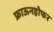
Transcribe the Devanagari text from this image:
फ्राऊनहोफर